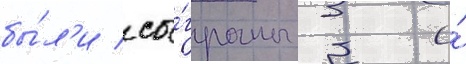
бы́л'и сы́граны 3 и́